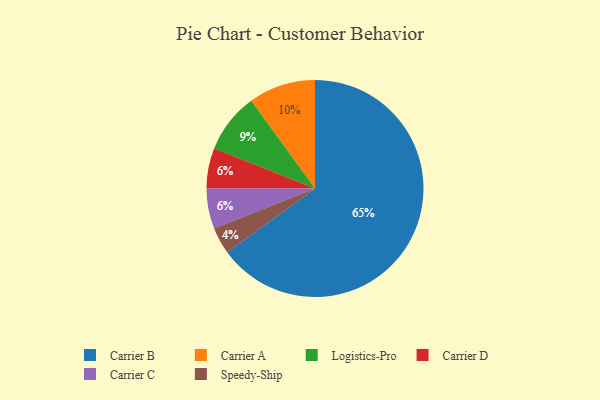
{"axis": {"x": "Category", "y": "Percentage"}, "legend": ["Carrier A", "Carrier B", "Carrier C", "Carrier D", "Logistics-Pro", "Speedy-Ship"], "data": [{"x": "Speedy-Ship", "y": 4, "type": "Speedy-Ship"}, {"x": "Carrier A", "y": 10, "type": "Carrier A"}, {"x": "Logistics-Pro", "y": 9, "type": "Logistics-Pro"}, {"x": "Carrier D", "y": 6, "type": "Carrier D"}, {"x": "Carrier B", "y": 65, "type": "Carrier B"}, {"x": "Carrier C", "y": 6, "type": "Carrier C"}]}